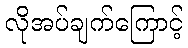
လိုအပ်ချက်ကြောင့်